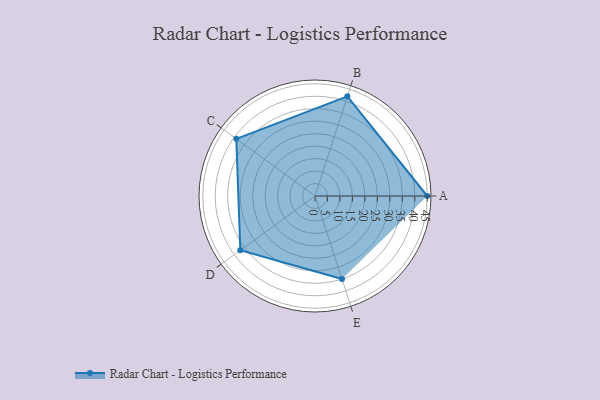
{"axis": {"x": "Skill", "y": "Score"}, "legend": ["Profile"], "data": [{"x": "A", "y": 45.0, "type": "Profile"}, {"x": "B", "y": 42.0, "type": "Profile"}, {"x": "C", "y": 39.0, "type": "Profile"}, {"x": "D", "y": 37.0, "type": "Profile"}, {"x": "E", "y": 35.0, "type": "Profile"}]}